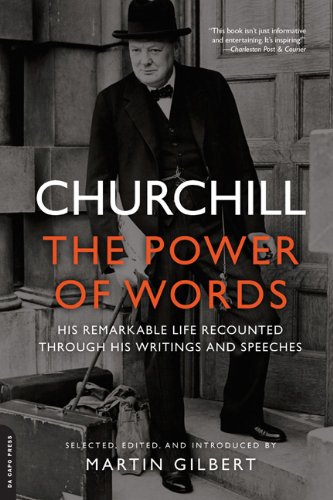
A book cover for Churchill: The Power of Words; Winston Churchill; History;